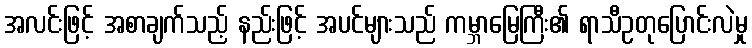
အလင်းဖြင့် အစာချက်သည့် နည်းဖြင့် အပင်များသည် ကမ္ဘာမြေကြီး၏ ရာသီဥတုပြောင်းလဲမှု